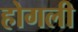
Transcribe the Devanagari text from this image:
होगली